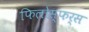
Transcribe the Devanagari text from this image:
फिलोस्फर्स